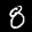
Label: 8